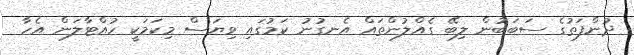
ދުންފަތުގެ ސަބަބުން ލިބޭ ގެއްލުންތައް އެނގުނު ކަމުގައި ވިޔަސް މިކަމަކީ ހުއްޓާލަން އެހާ